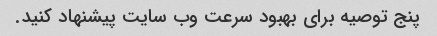
پنج توصیه برای بهبود سرعت وب سایت پیشنهاد کنید.